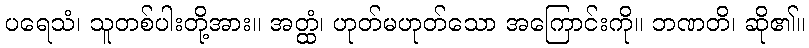
ပရေသံ၊ သူတစ်ပါးတို့အား။ အတ္ထံ၊ ဟုတ်မဟုတ်သော အကြောင်းကို။ ဘဏတိ၊ ဆို၏။